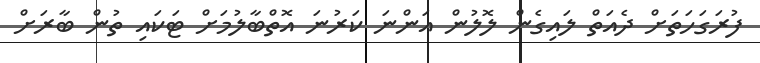
ފުރަގަހަތަށް ދެއަތް ލައިގެން ލޮލުން އަންނަ ކަރުނަ އޮތްބާލުމަށް ޓަކައި ތުން ބާރަށް